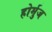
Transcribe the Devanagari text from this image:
होर्मुज